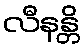
လီနန္တိ